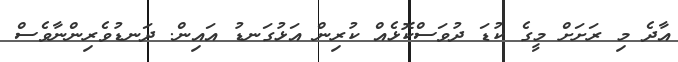
އާދެ މި ރަށަށް މީގެ ކުޑަ ދުވަސްކޮޅެއް ކުރިން އަޅުގަނޑު އައިން. ދަނޑުވެރިންނާވެސް